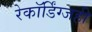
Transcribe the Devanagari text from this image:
रेकॉर्डिंग्जही